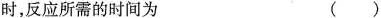
时，反应所需的时间为 ()